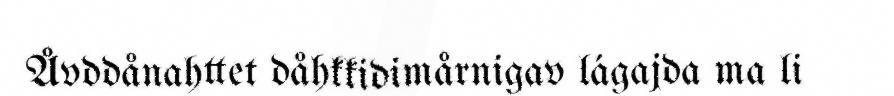
Åvddånahttet dåhkkidimårnigav lágajda ma li